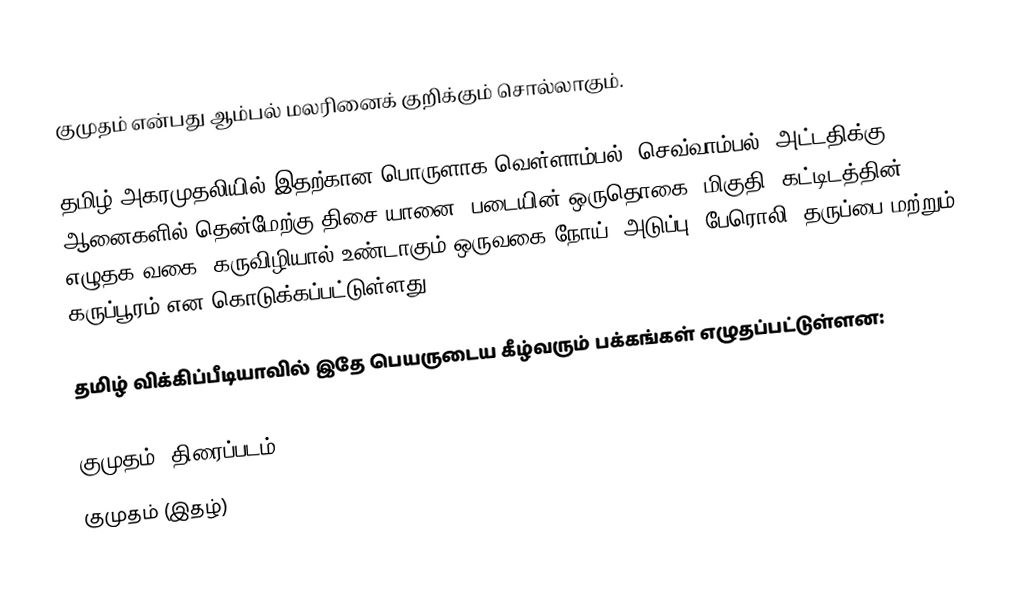
குமுதம் என்பது ஆம்பல் மலரினைக் குறிக்கும் சொல்லாகும்.

தமிழ் அகரமுதலியில் இதற்கான பொருளாக வெள்ளாம்பல், செவ்வாம்பல், அட்டதிக்கு ஆனைகளில் தென்மேற்கு திசை யானை, படையின் ஒருதொகை, மிகுதி, கட்டிடத்தின் எழுதக வகை, கருவிழியால் உண்டாகும் ஒருவகை நோய், அடுப்பு, பேரொலி, தருப்பை மற்றும் கருப்பூரம் என கொடுக்கப்பட்டுள்ளது.

தமிழ் விக்கிப்பீடியாவில் இதே பெயருடைய கீழ்வரும் பக்கங்கள் எழுதப்பட்டுள்ளன:

 குமுதம் (திரைப்படம்)
 குமுதம் (இதழ்)